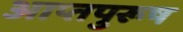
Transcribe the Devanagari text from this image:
आप्तपुरूष